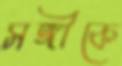
সঙ্গীকে